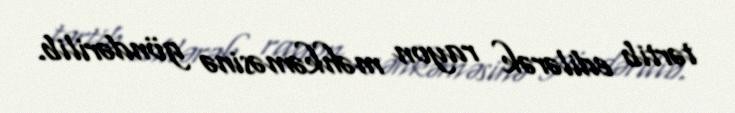
tərtib edilərək rayon məhkəməsinə göndərilib.